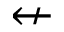
\nleftarrow